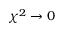
\chi ^ { 2 } \rightarrow 0